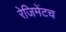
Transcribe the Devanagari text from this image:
रेजिमेंटच